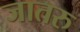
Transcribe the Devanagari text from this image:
जातरु